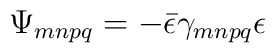
\Psi_{mnpq} = - \bar{\epsilon}\gamma_{mnpq}\epsilon